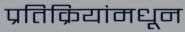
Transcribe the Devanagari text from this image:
प्रतिक्रियांमधून